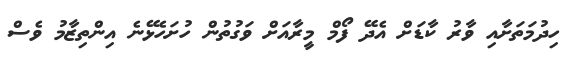
ހިދުމަތަށާއި ވާރު ކާޑަށް އެދޭ ފޯމް މީރާއަށް ވަގުތުން ހުށަހެޅޭނެ އިންތިޒާމު ވެސް